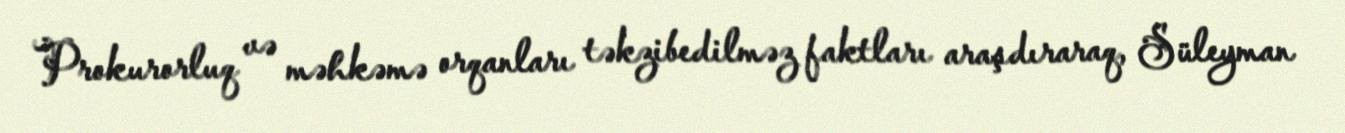
Prokurorluq və məhkəmə orqanları təkzibedilməz faktları araşdıraraq, Süleyman